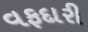
વફદારી